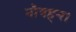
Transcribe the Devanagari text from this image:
नौवहन।